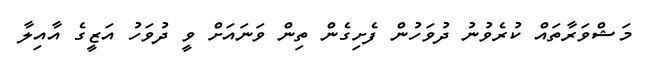
މަޝްވަރާތައް ކުރެވުނު ދުވަހުން ފެށިގެން ތިން ވަނައަށް ވީ ދުވަހު އަޒީގެ އާއިލާ